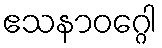
ဧသနာဝဂ္ဂေါ